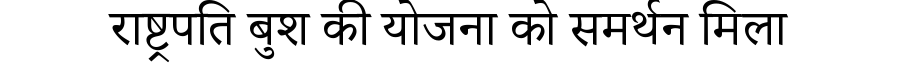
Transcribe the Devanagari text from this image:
राष्ट्रपति बुश की योजना को समर्थन मिला